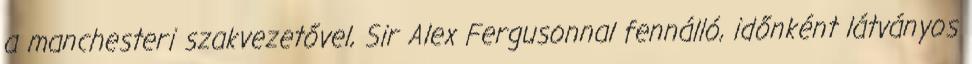
a manchesteri szakvezetővel, Sir Alex Fergusonnal fennálló, időnként látványos